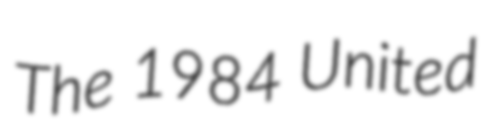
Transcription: The 1984 United